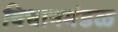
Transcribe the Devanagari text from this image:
विधानमंडळ